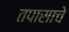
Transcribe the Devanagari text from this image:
तपासाचे